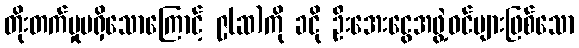
တိုးတက်မှုမရှိသောကြောင့် ၉(ဆ)ကို ခငို ဦးအေးငွေအဖွဲ့ဝင်များဖြစ်သော